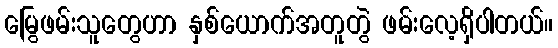
မြွေဖမ်းသူတွေဟာ နှစ်ယောက်အတူတွဲ ဖမ်းလေ့ရှိပါတယ်။